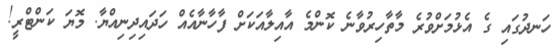
ހަނދުގައި ގެ އެޅުމަށްވުރެ މާތާހިރުވާނެ ކޮންމެ އާއިލާއަކަށް ފާހާނާއެއް ހަދައިދިނިއްޔާ. މޮޔަ ކަންޓްރީ!